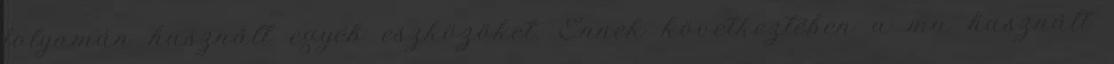
folyamán használt egyéb eszközöket. Ennek következtében a ma használt